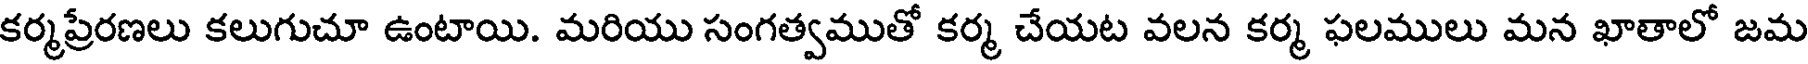
కర్మప్రేరణలు కలుగుచూ ఉంటాయి. మరియు సంగత్వముతో కర్మ చేయట వలన కర్మ ఫలములు మన ఖాతాలో జమ